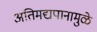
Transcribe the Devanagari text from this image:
अतिमद्यपानामुळे